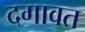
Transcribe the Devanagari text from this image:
दगावत